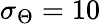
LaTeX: \sigma_{\Theta}=10